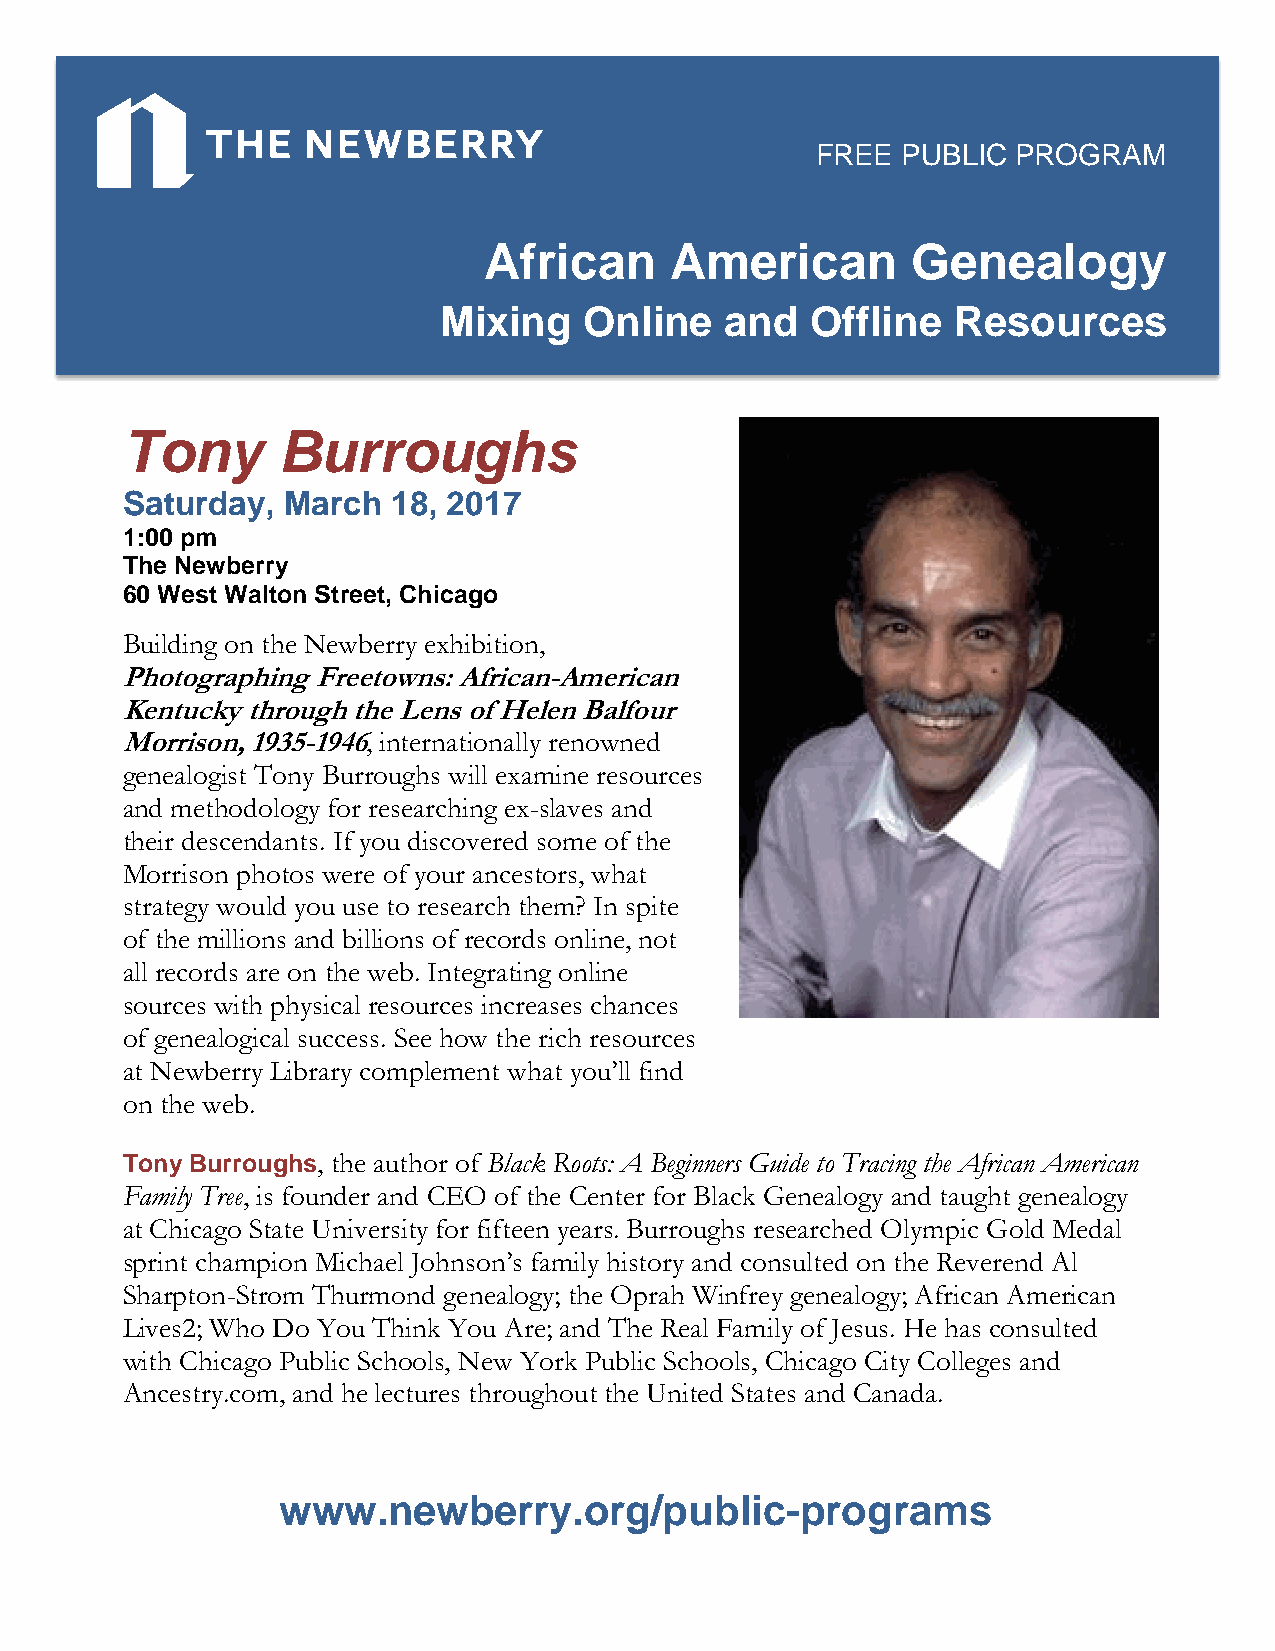
FREE  PUBLIC PROGRAM
 African     American        Genealogy
 Mixing    Online   and   Offline  Resources
 Tony      Burroughs
 Saturday,  March  18, 2017
 1:00 pm
 The Newberry
 60 West Walton Street, Chicago
 Building on the Newberry exhibition,
 Photographing Freetowns: African-American
 Kentucky through the Lens of Helen Balfour
 Morrison, 1935-1946, internationally renowned
 genealogist Tony Burroughs will examine resources
 and methodology for researching ex-slaves and
 their descendants. If you discovered some of the
 Morrison photos were of your ancestors, what
 strategy would you use to research them? In spite
 of the millions and billions of records online, not
 all records are on the web. Integrating online
 sources with physical resources increases chances
 of genealogical success. See how the rich resources
 at Newberry Library complement what you’ll find
 on the web.
 Tony Burroughs, the author of Black Roots: A Beginners Guide to Tracing the African American
 Family Tree, is founder and CEO of the Center for Black Genealogy and taught genealogy
 at Chicago State University for fifteen years. Burroughs researched Olympic Gold Medal
 sprint champion Michael Johnson’s family history and consulted on the Reverend Al
 Sharpton-Strom Thurmond genealogy; the Oprah Winfrey genealogy; African American
 Lives2; Who Do You Think You Are; and The Real Family of Jesus. He has consulted
 with Chicago Public Schools, New York Public Schools, Chicago City Colleges and
 Ancestry.com, and he lectures throughout the United States and Canada.
 www.newberry.org/public-programs